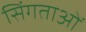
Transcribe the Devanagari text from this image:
सिंगताओं